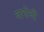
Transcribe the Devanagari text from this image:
नागोर्नी